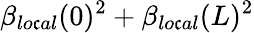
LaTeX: \beta_{lo\mathfrak{c}al}(0)^{2}+\beta_{lo\mathfrak{c}al}(L)^{2}